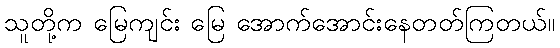
သူတို့က မြေကျင်း မြေ အောက်အောင်းနေတတ်ကြတယ်။